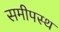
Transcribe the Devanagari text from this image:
समीपस्‍थ